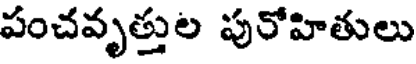
పంచవృత్తుల పురోహితులు